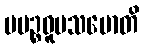
ပပဉ္စဝူပသမောတိ